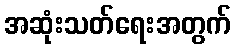
အဆုံးသတ်ရေးအတွက်